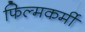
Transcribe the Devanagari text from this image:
फिल्मकर्मी